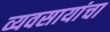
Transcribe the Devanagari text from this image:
व्यवसायांचा